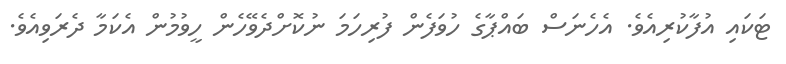
ޓަކައި އުފާކުރިއެވެ. އެހެނަސް ބައްޕާގެ ހުވަފެން ފުރިހަމަ ނުކޮށްދެވޭހެން ހީވުމުން އެކަމާ ދެރަވިއެވެ.